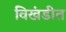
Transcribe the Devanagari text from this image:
विखंडीत